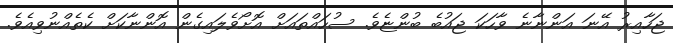
ޖަހާއިރު އޭނަ އަންނާނެ ވާހަކަ ޖައުބެ ބުންޏެވެ. ސުހައްތައަށް އޮށޯވެލައިގެން އޮންނާކަށް ކެތެއްނުވިއެވެ.